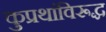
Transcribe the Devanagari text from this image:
कुप्रथांविरूद्ध